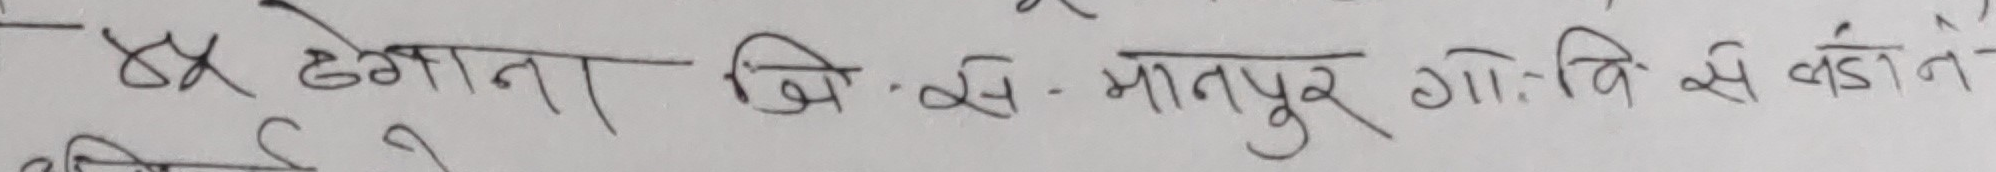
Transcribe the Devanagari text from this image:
४ डगगाना बि. से. मातपुर गो.वि.स वडा नं